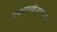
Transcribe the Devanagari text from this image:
पाइअलच्छीनाममाला